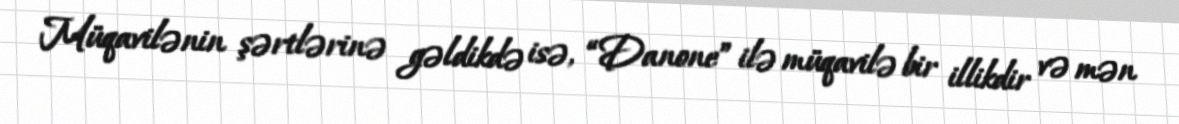
Müqavilənin şərtlərinə gəldikdə isə, “Danone” ilə müqavilə bir illikdir və mən